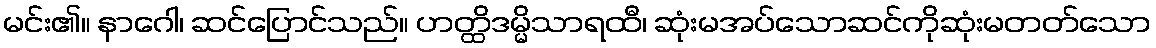
မင်း၏။ နာဂေါ၊ ဆင်ပြောင်သည်။ ဟတ္ထိဒမ္မိသာရထီ၊ ဆုံးမအပ်သောဆင်ကိုဆုံးမတတ်သော